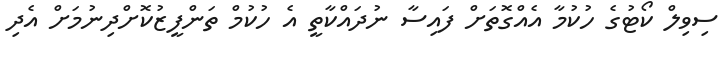
ސިވިލް ކޯޓުގެ ހުކުމާ އެއްގޮތަށް ފައިސާ ނުދައްކާތީ އެ ހުކުމް ތަންފީޒުކޮށްދިނުމަށް އެދި